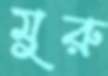
মুরু